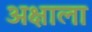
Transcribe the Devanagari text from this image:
अक्षाला